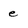
Character: e